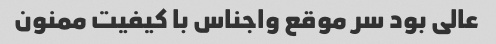
عالی بود سر موقع واجناس با کیفیت ممنون